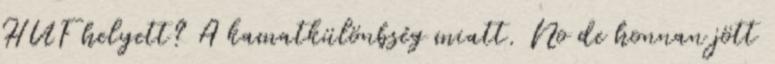
HUF helyett? A kamatkülönbség miatt. No de honnan jött